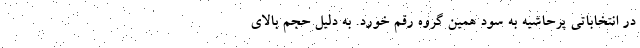
در انتخاباتی پرحاشیه به سود همین گروه رقم خورد. به دلیل حجم بالای